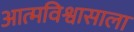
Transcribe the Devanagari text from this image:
आत्मविश्वासाला